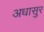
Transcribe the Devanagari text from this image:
अधासुर